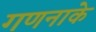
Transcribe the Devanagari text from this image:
गणनाके